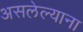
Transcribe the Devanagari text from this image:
असलेल्याना